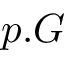
p . G